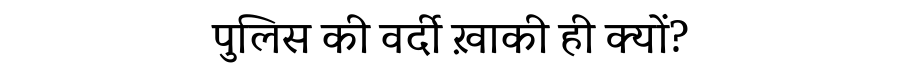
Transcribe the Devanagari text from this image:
पुलिस की वर्दी ख़ाकी ही क्यों?